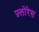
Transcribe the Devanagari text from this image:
फ़्लोरेस